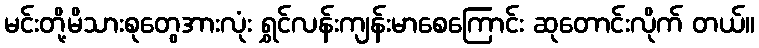
မင်းတို့မိသားစုတွေအားလုံး ရွှင်လန်းကျန်းမာစေကြောင်း ဆုတောင်းလိုက် တယ်။